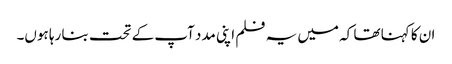
ان کا کہنا تھا کہ میں یہ فلم اپنی مدد آپ کے تحت بنا رہا ہوں۔